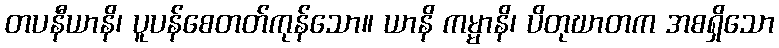
တပနီယာနိ၊ ပူပန်စေတတ်ကုန်သော။ ယာနိ ကမ္မာနိ၊ ပိတုဃာတက အစရှိသော